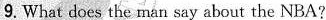
9. What does the man say about the NBA?